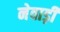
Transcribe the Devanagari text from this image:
नेवाड़ी